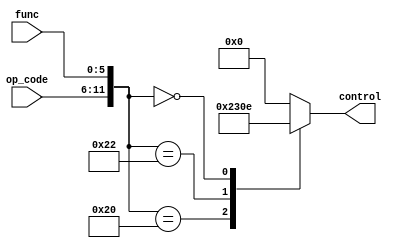
module cont(control, op_code, func);
output reg [4:0]control;
input      [5:0]op_code, func;

always @(*)
begin
	case ({op_code, func})			//   alu rf dm mux im
		12'b0000_0010_0000: control<= 5'b01000;
		12'b0000_0010_0010: control<= 5'b11000;
		12'b0000_0000_0000: control<= 5'b01110;
		default:			control<= 5'b00000; 
		
	endcase
end
endmodule

module t_cont;
wire [4:0]control;
reg      [5:0]op_code, func;
cont t(control, op_code, func);
initial begin
		op_code = 6'b000000;	func = 6'b100000;
#100	op_code = 6'b000000;	func = 6'b100010;
#100	op_code = 6'b000000;	func = 6'b000000;

end

endmodule